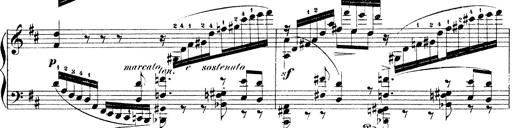
Title: Illustrations de l'opÃ©ra L'Africaine
Composer: Franz Liszt